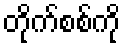
တိုက်စစ်ကို